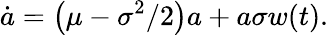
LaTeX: \dot{a}=\left(\mu-\sigma^{2}/2\right)a+a\sigma w(t).